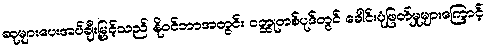
ဆုများပေးအပ်ချီးမြှင့်သည် နိုဝင်ဘာအတွင်း ဝတ္ထုတစ်ပုဒ်တွင် ခေါင်းပုံဖြတ်မှုများကြောင့်